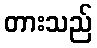
တားသည်